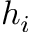
h _ { i }